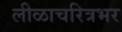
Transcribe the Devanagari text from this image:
लीळाचरित्रभर